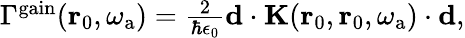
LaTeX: \begin{array}{r}{\Gamma^{\mathrm{gain}}(\mathbf{r}_{0},\omega_{\mathrm{a}})=\frac{2}{\hbar\epsilon_{0}}{\mathbf d}\cdot\mathbf{K}(\mathbf{r}_{0},\mathbf{r}_{0},\omega_{\mathrm{a}})\cdot{\mathbf d},}\end{array}